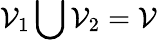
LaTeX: \mathcal{V}_{1}\bigcup\mathcal{V}_{2}=\mathcal{V}